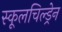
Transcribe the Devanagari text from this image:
स्कूलचिल्ड्रेन